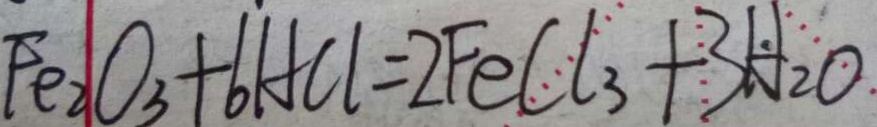
P e _ { 2 } O _ { 3 } + 6 H C l = 2 F e C l _ { 3 } + 3 H _ { 2 } O